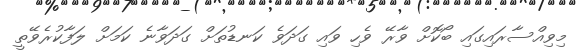
މިވިއްސާރައިގައި ބޯކޮށް ވާރޭ ވެހި ވައި ގަދަވެ ކަނޑުތަށް ގަދަވާނެ ކަމަށް ލަފާކުރެވޭތީ